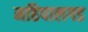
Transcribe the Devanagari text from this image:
महिपालगड